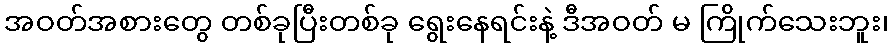
အဝတ်အစားတွေ တစ်ခုပြီးတစ်ခု ရွေးနေရင်းနဲ့ ဒီအဝတ် မ ကြိုက်သေးဘူး၊